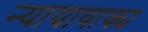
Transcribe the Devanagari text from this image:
न्यायावाक्य